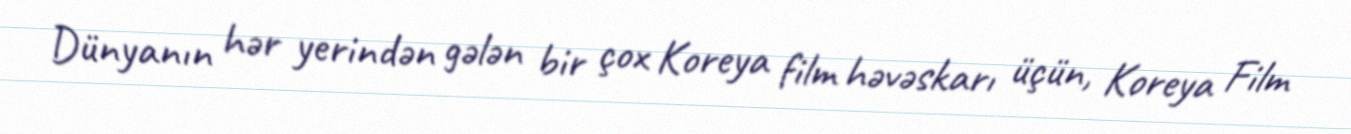
Dünyanın hər yerindən gələn bir çox Koreya film həvəskarı üçün, Koreya Film